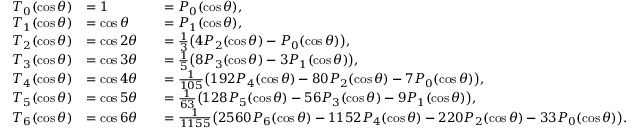
{ \begin{array} { r l r l } { T _ { 0 } ( \cos \theta ) } & { = 1 } & & { = P _ { 0 } ( \cos \theta ) , } \\ { T _ { 1 } ( \cos \theta ) } & { = \cos \theta } & & { = P _ { 1 } ( \cos \theta ) , } \\ { T _ { 2 } ( \cos \theta ) } & { = \cos 2 \theta } & & { = { \frac { 1 } { 3 } } { \bigl ( } 4 P _ { 2 } ( \cos \theta ) - P _ { 0 } ( \cos \theta ) { \bigr ) } , } \\ { T _ { 3 } ( \cos \theta ) } & { = \cos 3 \theta } & & { = { \frac { 1 } { 5 } } { \bigl ( } 8 P _ { 3 } ( \cos \theta ) - 3 P _ { 1 } ( \cos \theta ) { \bigr ) } , } \\ { T _ { 4 } ( \cos \theta ) } & { = \cos 4 \theta } & & { = { \frac { 1 } { 1 0 5 } } { \bigl ( } 1 9 2 P _ { 4 } ( \cos \theta ) - 8 0 P _ { 2 } ( \cos \theta ) - 7 P _ { 0 } ( \cos \theta ) { \bigr ) } , } \\ { T _ { 5 } ( \cos \theta ) } & { = \cos 5 \theta } & & { = { \frac { 1 } { 6 3 } } { \bigl ( } 1 2 8 P _ { 5 } ( \cos \theta ) - 5 6 P _ { 3 } ( \cos \theta ) - 9 P _ { 1 } ( \cos \theta ) { \bigr ) } , } \\ { T _ { 6 } ( \cos \theta ) } & { = \cos 6 \theta } & & { = { \frac { 1 } { 1 1 5 5 } } { \bigl ( } 2 5 6 0 P _ { 6 } ( \cos \theta ) - 1 1 5 2 P _ { 4 } ( \cos \theta ) - 2 2 0 P _ { 2 } ( \cos \theta ) - 3 3 P _ { 0 } ( \cos \theta ) { \bigr ) } . } \end{array} }